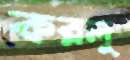
করলু